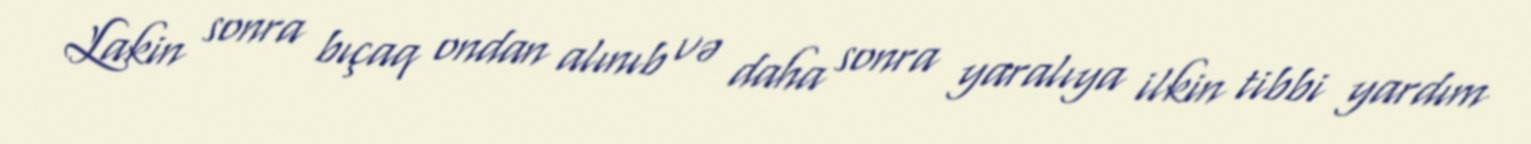
Lakin sonra bıçaq ondan alınıb və daha sonra yaralıya ilkin tibbi yardım